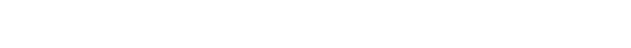
သစ်သားလုပ်ငန်းတွင် ဆန့်ကျင်သောအားဖြင့် အောက်ဘက်ဆီသို့ တရားရုံးထဲက ဂုန်လျှော်တို့ကို